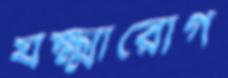
যক্ষ্মারোগ